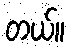
တယ်။